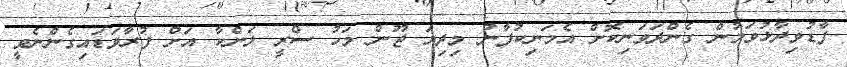
ފާޑުވިދާޅުވަމުން ގެންދަވަނިކޮށް އެމަނިކުފާނު މިދިޔަ ޖޫން މަހު ސްރީ ލަންކާ އަށް ފުރާވަޑައިގެންނެވީ